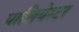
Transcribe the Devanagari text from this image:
पालियेस्टर